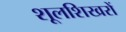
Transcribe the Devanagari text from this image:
शूलशिखरों